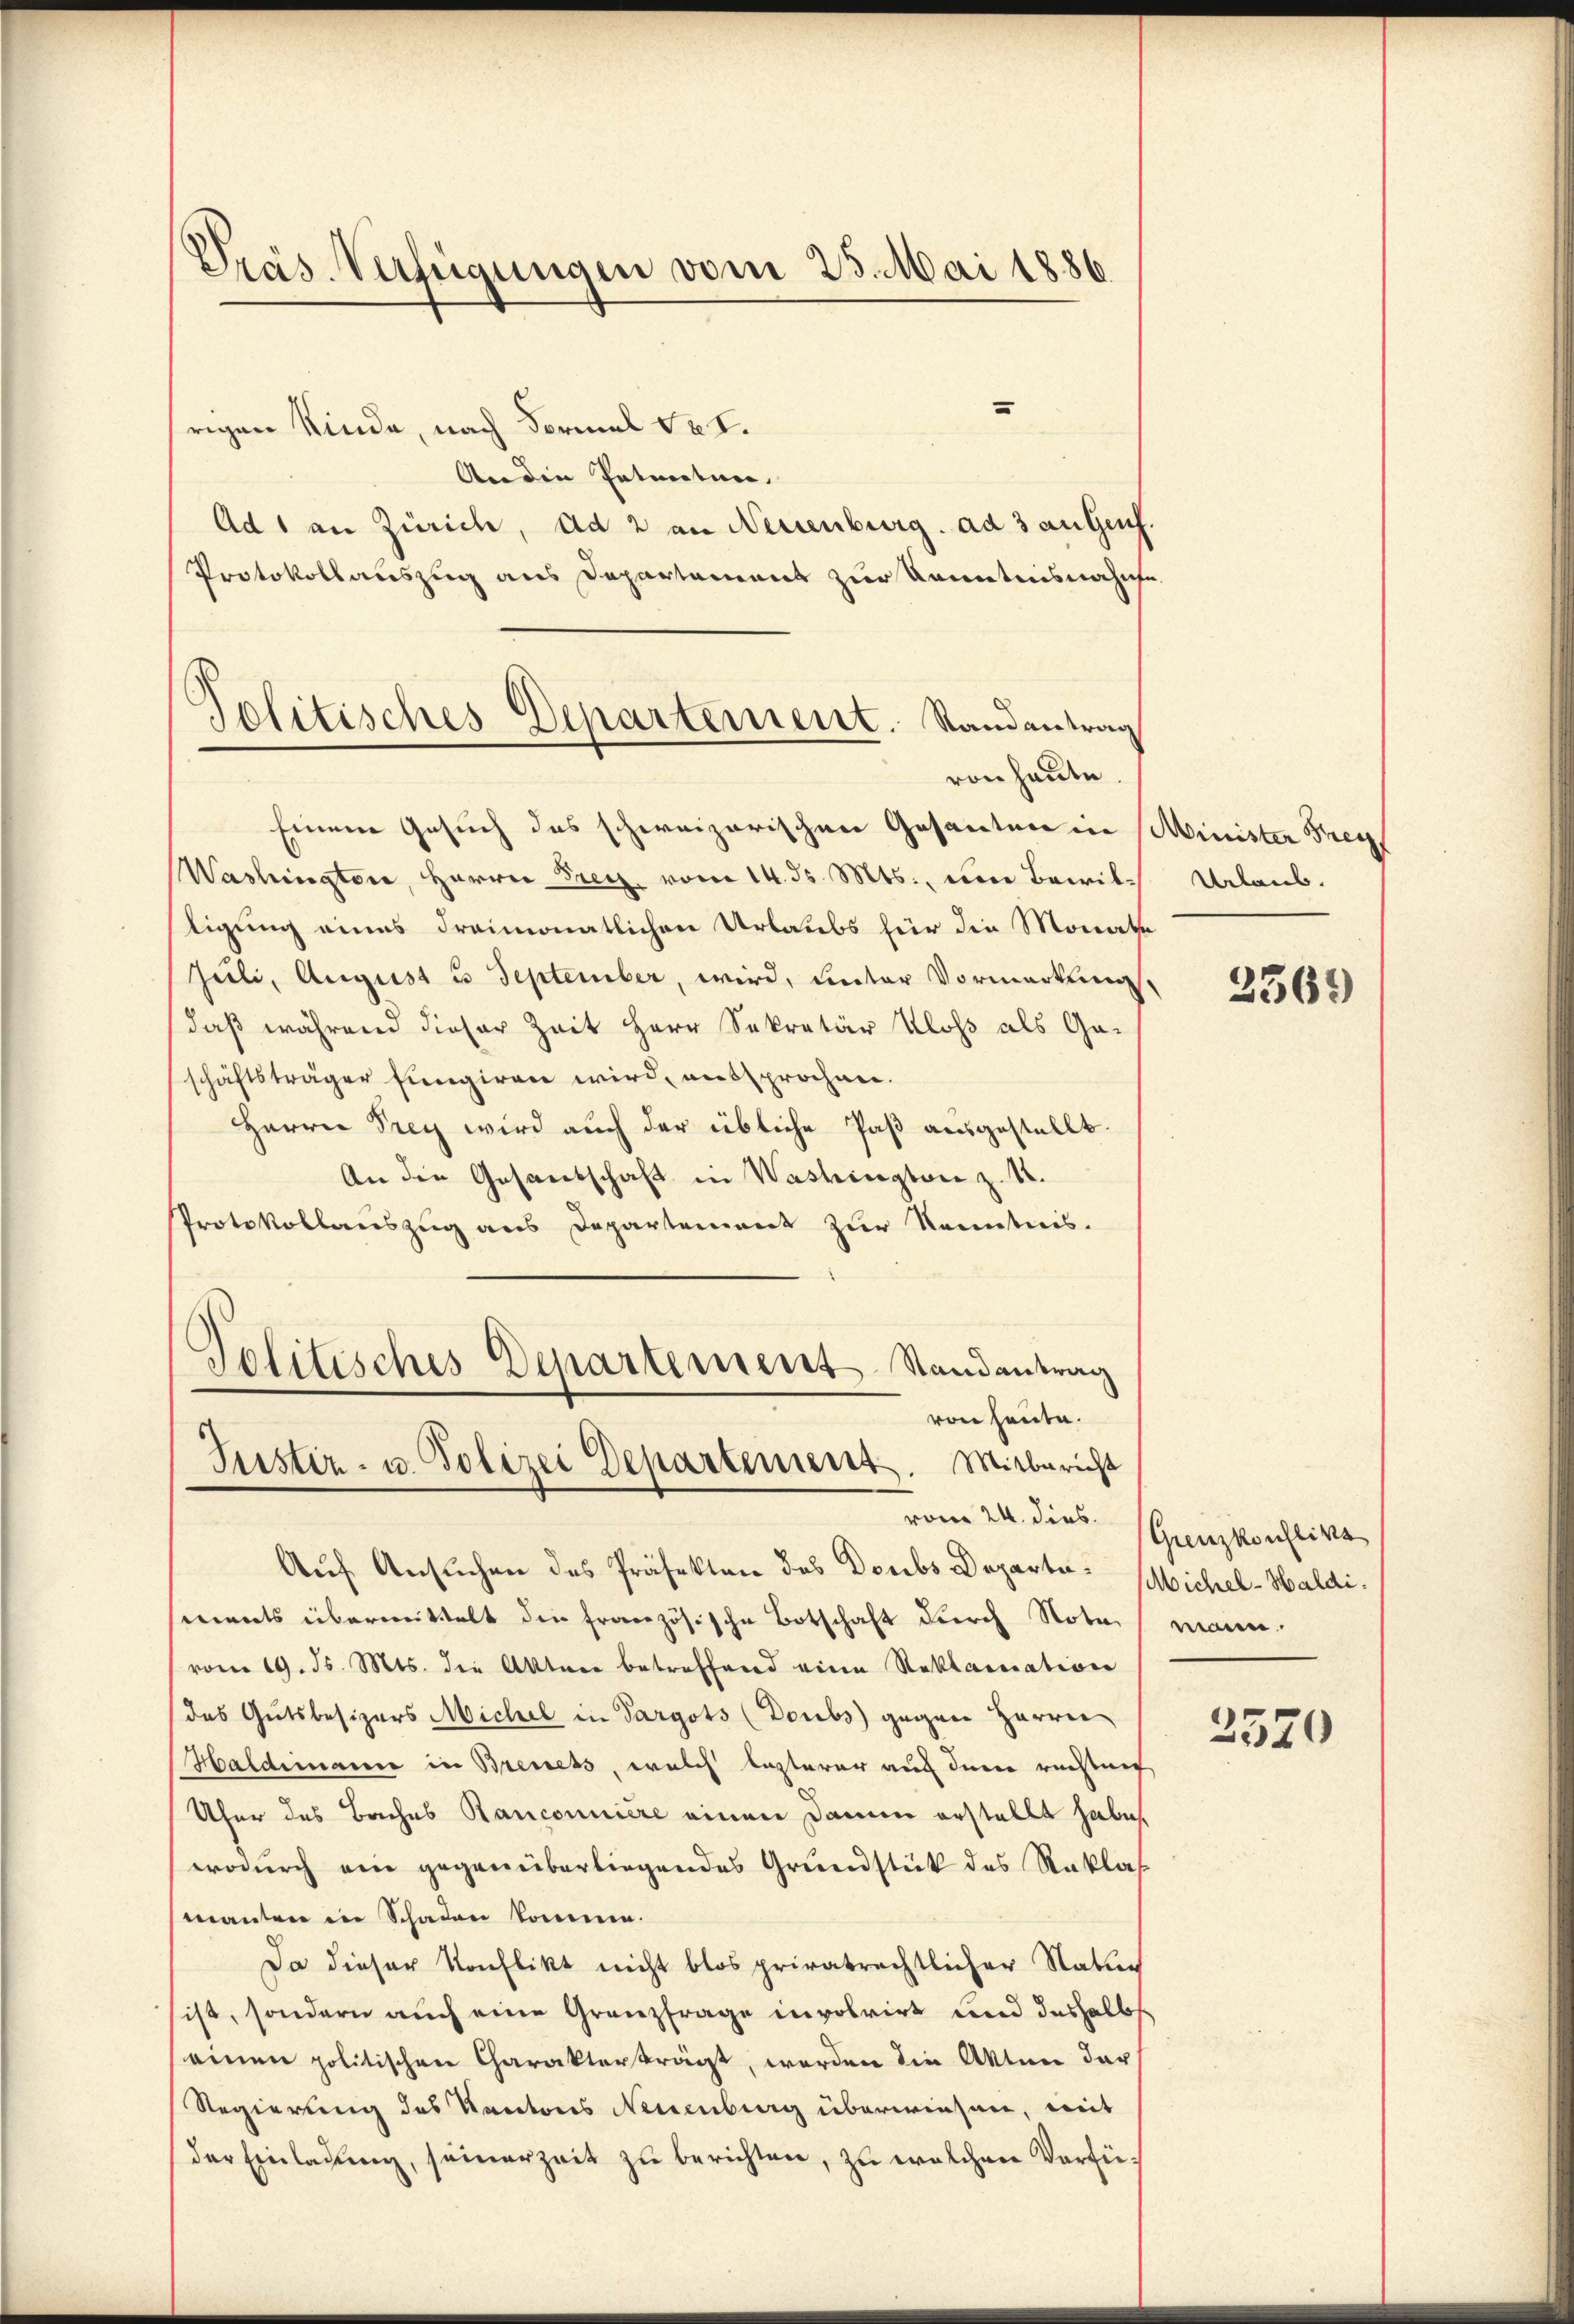
Prás-Verfügungen vom 25. Mai 1886

Politisches Departement. Randantrag
von heute.

srigen Kinde, nach Vormel vet.
Anden Petenten.
Ad 1 an Zürich, ad 2 an Neuenburg. ad 3 angens.
Protokollauszug aus Departement zur Kenntnisnahme
Einem Gesuch des schweizerischen Gesanten in Minister Frey
Washingten, Herrn Frey, vom 14. ds. Mts., von Bewilligung eines dreimonatlichen Urlaubs für die Monathe
Juli, August u. September, wird, unter Vormerkung,
daß während dieser Zeit Herr Sekretär Kloss als Gaschäftsträger fungiren wird, entsprochen.
Herrn Drey wird auch der übliche Paß ausgestellt.
An die Gesandschaft in Washington z. B.
Protokollauszug aus Departement zur Kenntnis.
Politisches Departement Randantrag
von heute.
Justiz- u. Polizei Departement. Mitbericht
vom 24. dies
Auf Ansuchen des Präfekten des Doubs Departe Sichel-Haldiments übermittelt die französische Botschaft durch Nota
vom 19. ds. Mts. die Akten betreffend eine Reklamation
das Gutsbesizers Michel in Sargots (Doubs gegen Herrn
Haldimanne in Brevets, welch lezterer auch der rechtung
Ufer des Baches Ranconniere einen Damm erstellt habe,
wodurch ein gegenüberliegendes Grundstück des Raklas
manten in Schaden komme.
Da dieser Konflikt nicht blos privatrechtlicher Natur
sist, sondern auch eine Granzfrage involvirt und deshalb
einen politischen Charakterträgt, worden die Akten der
Regierung des Kantons Neuenburg überwiesen, mit
der Einladung, seinerzeit zu berichten, zu welchen Verfü¬

Urlaub.

2369

(Grenzkonflika
mann.

2520